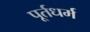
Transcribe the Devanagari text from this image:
पूर्तधर्म